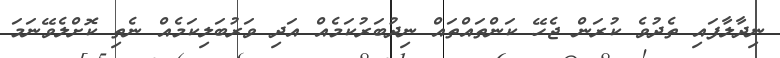
ނިދާލާފައި ތެދުވެ ކުރަން ޖެހޭ ކަންތައްތައް ނިދުބަރުކަމެއް އަދި ވަރުބަލިކަމެއް ނެތި ކޮށްލެވޭނަމަ